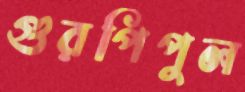
গুরপিপুল